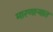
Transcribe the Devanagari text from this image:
मारणाऱ्यात